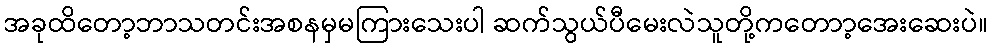
အခုထိတော့ဘာသတင်းအစနမှမကြားသေးပါ ဆက်သွယ်ပီမေးလဲသူတို့ကတောာ့အေးဆေးပဲ။